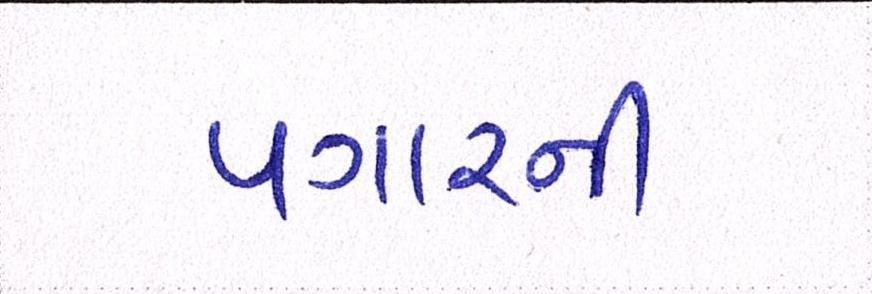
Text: પગારની